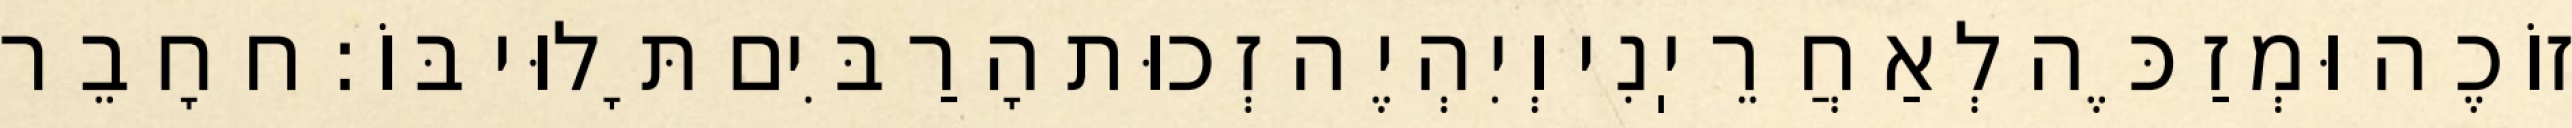
זוֹכֶה וּמְזַכֶּה לְאַחֲרֵיֽנִי וְיִהְיֶה זְכוּת הָרַבִּים תָּלוּי בּוֹ: ח חָבֵר